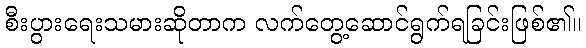
စီးပွားရေးသမားဆိုတာက လက်တွေ့ဆောင်ရွက်ရခြင်းဖြစ်၏။